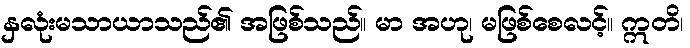
နှလုံးမသာယာသည်၏ အဖြစ်သည်။ မာ အဟု၊ မဖြစ်စေလင့်။ ဣတိ၊